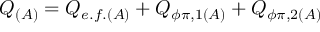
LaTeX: Q _ { ( A ) } = Q _ { e . f . ( A ) } + Q _ { \phi \pi , 1 ( A ) } + Q _ { \phi \pi , 2 ( A ) }